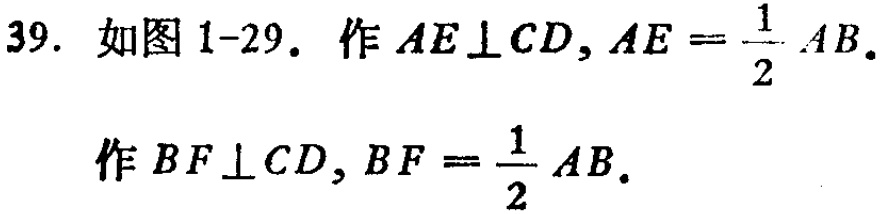
39. 如图1-29. 作 \(AE\perp CD,AE = \frac{1}{2}AB\).
作 \(BF\perp CD,BF = \frac{1}{2}AB\).